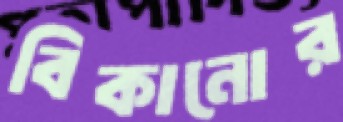
বিকানোর